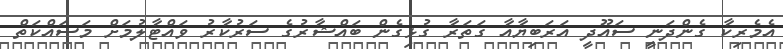
އެމެރިކާ ގެންދަނީ ސައޫދީ އަރަބިޔާއާ ގަތަރާ ގުޅިގެން ބައްޝާރުގެ ސަރުކާރު ވައްޓާލުމަށް މަސައްކަތް